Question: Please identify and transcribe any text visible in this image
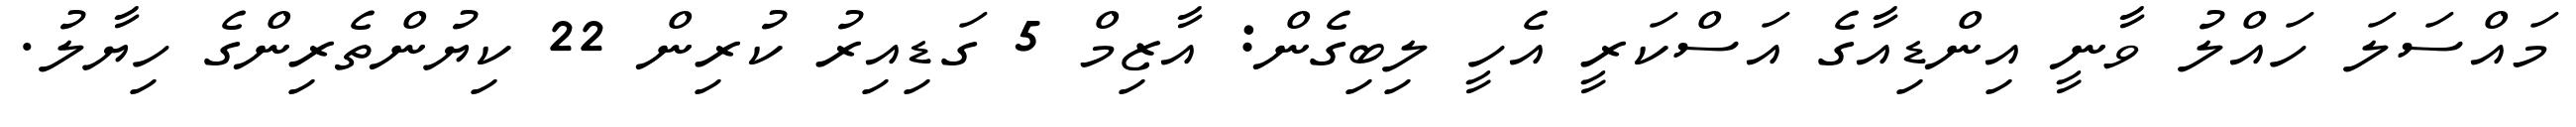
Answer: މައްސަލަ ހައްލު ވާނީ އިންޑިއާގެ އަސްކަރީ އެހީ ލިބިގެން: އާޒިމް 5 ގަޑިއިރު ކުރިން 22 ކިޔުންތެރިންގެ ހިޔާލު.